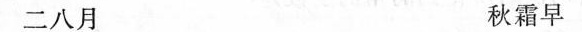
二八月 秋霜早